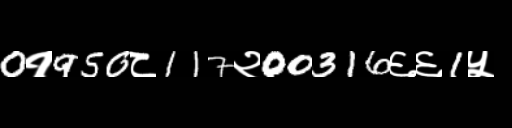
Text: 0१950८117२00316६६1५